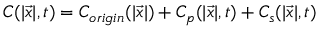
C ( | \vec { x } | , t ) = C _ { o r i g i n } ( | \vec { x } | ) + C _ { p } ( | \vec { x } | , t ) + C _ { s } ( | \vec { x } | , t )